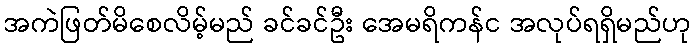
အကဲဖြတ်မိစေလိမ့်မည် ခင်ခင်ဦး အေမရိကန်င အလုပ်ရရှိမည်ဟု